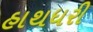
હાથધરી